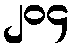
၂၀၄